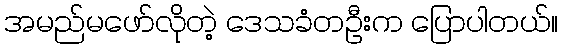
အမည်မဖော်လိုတဲ့ ဒေသခံတဦးက ပြောပါတယ်။